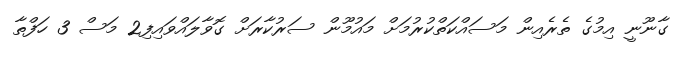
ގާނޫނީ އިމުގެ ތެރެއިން މަސައްކަތްކުރުމަށް މައުމޫން ސަރުކާރަށް ގޮވާލައްވައިފި2 މަސް 3 ހަފްތާ